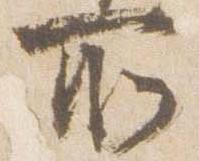
所